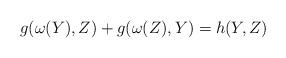
LaTeX: \begin{align*}g(\omega(Y), Z)+ g(\omega(Z), Y) = h(Y, Z) \end{align*}